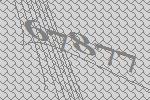
67877